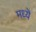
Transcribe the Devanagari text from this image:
मध्यॆ